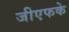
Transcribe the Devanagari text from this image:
जीएफके